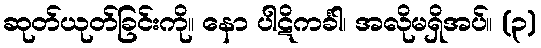
ဆုတ်ယုတ်ခြင်းကို။ နော ပါဋိကင်္ခါ၊ အလိုမရှိအပ်။ (၃)